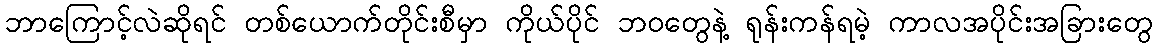
ဘာကြောင့်လဲဆိုရင် တစ်ယောက်တိုင်းစီမှာ ကိုယ်ပိုင် ဘဝတွေနဲ့ ရုန်းကန်ရမဲ့ ကာလအပိုင်းအခြားတွေ